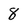
Character: 8